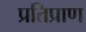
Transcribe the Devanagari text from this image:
प्रतिप्राण